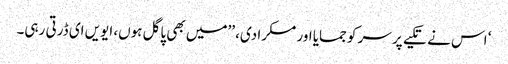
‘ اس نے تکیے پر سر کو جمایا اور مسکرا دی، ’’میں بھی پاگل ہوں، ایویں ای ڈرتی رہی۔